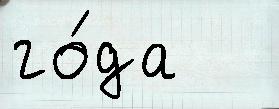
го́да